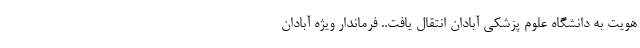
هویت به دانشگاه علوم پزشکی آبادان انتقال یافت.. فرماندار ویژه آبادان